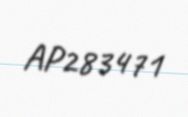
AP283471